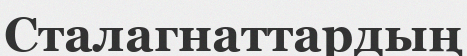
Сталагнаттардың